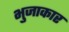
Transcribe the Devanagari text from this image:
भुजाकार